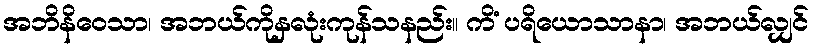
အဘိနိဝေသာ၊ အဘယ်ကိုနှလုံးကုန်သနည်း။ ကိံ ပရိယောသာနာ၊ အဘယ်လျှင်